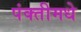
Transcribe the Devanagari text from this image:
पंक्तीमधे